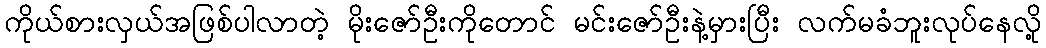
ကိုယ်စားလှယ်အဖြစ်ပါလာတဲ့ မိုးဇော်ဦးကိုတောင် မင်းဇော်ဦးနဲ့မှားပြီး လက်မခံဘူးလုပ်နေလို့